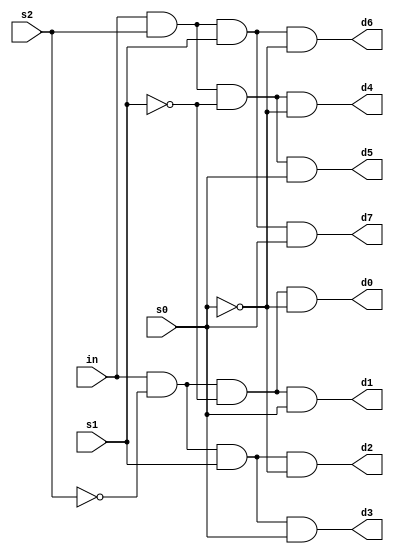
module demultiplexer(in,s0,s1,s2,d0,d1,d2,d3,d4,d5,d6,d7);
input in,s0,s1,s2;
output d0,d1,d2,d3,d4,d5,d6,d7;
assign d0=(in & ~s2 & ~s1 &~s0),
d1=(in & ~s2 & ~s1 &s0),
d2=(in & ~s2 & s1 &~s0),
d3=(in & ~s2 & s1 &s0),
d4=(in & s2 & ~s1 &~s0),
d5=(in & s2 & ~s1 &s0),
d6=(in & s2 & s1 &~s0),
d7=(in & s2 & s1 &s0);
endmodule